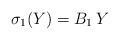
LaTeX: \begin{align*}\sigma_1(Y)=B_1\,Y\end{align*}